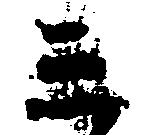
三